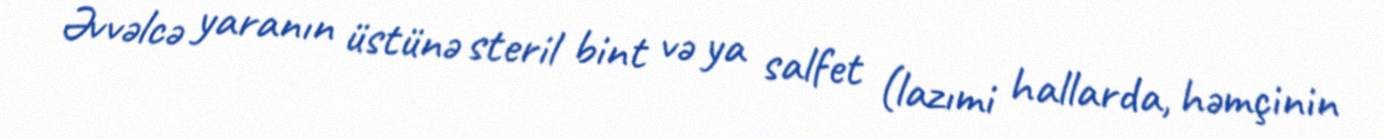
Əvvəlcə yaranın üstünə steril bint və ya salfet (lazımi hallarda, həmçinin